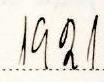
1921